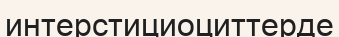
интерстициоциттерде